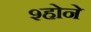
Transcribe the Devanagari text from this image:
श्होने